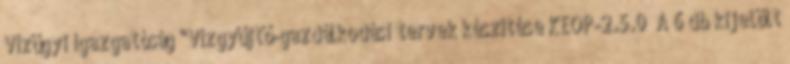
Vízügyi Igazgatóság "Vízgyűjtő-gazdálkodási tervek készítése KEOP-2.5.0 A 6 db kijelölt